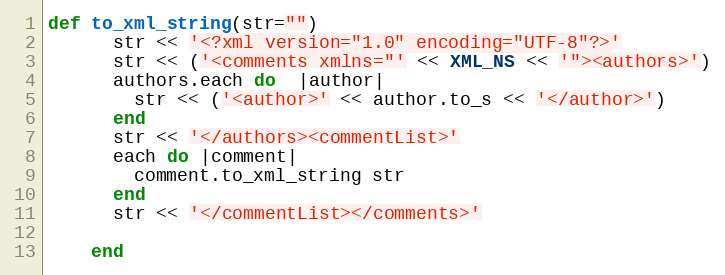
Language: Ruby
def to_xml_string(str="")
      str << '<?xml version="1.0" encoding="UTF-8"?>'
      str << ('<comments xmlns="' << XML_NS << '"><authors>')
      authors.each do  |author|
        str << ('<author>' << author.to_s << '</author>')
      end
      str << '</authors><commentList>'
      each do |comment|
        comment.to_xml_string str
      end
      str << '</commentList></comments>'

    end